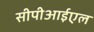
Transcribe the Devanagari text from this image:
सीपीआईएल